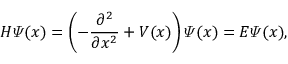
H \varPsi ( x ) = \left( - \frac { \partial ^ { 2 } } { \partial x ^ { 2 } } + V ( x ) \right) \varPsi ( x ) = E \varPsi ( x ) ,